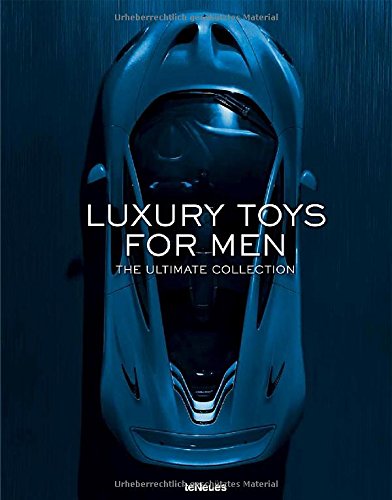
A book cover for Luxury Toys for Men: The Ultimate Collection; Crafts, Hobbies & Home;